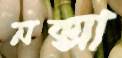
নক্সা